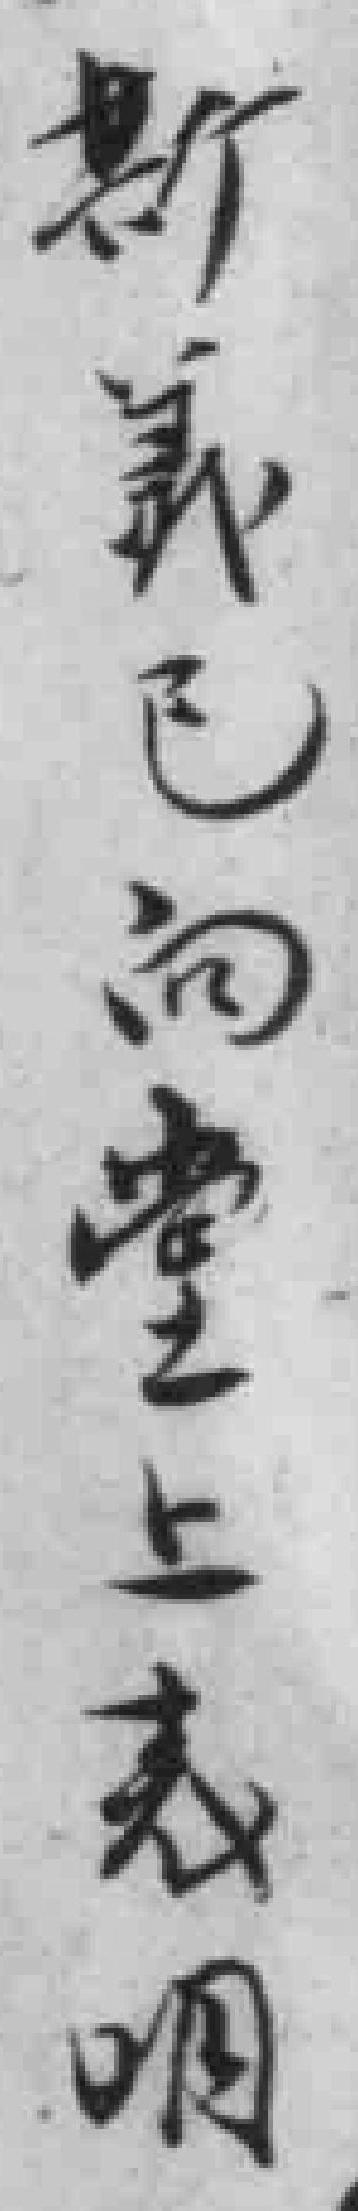
斯義已向堂上表明